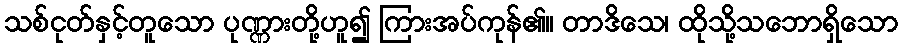
သစ်ငုတ်နှင့်တူသော ပုဏ္ဏားတို့ဟူ၍ ကြားအပ်ကုန်၏။ တာဒိသေ၊ ထိုသို့သဘောရှိသော